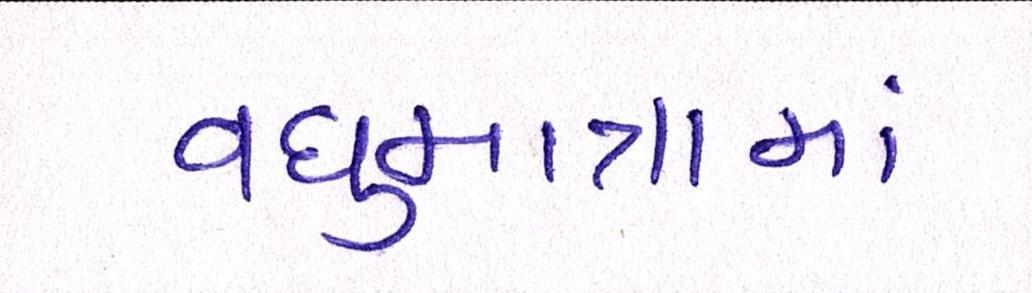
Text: વધુમાત્રામાં